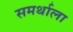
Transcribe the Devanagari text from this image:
समर्थाला